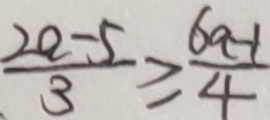
\frac { 2 a - 5 } { 3 } \geq \frac { 6 a - 1 } { 4 }